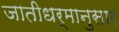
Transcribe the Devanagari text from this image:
जातीधर्मानुसार